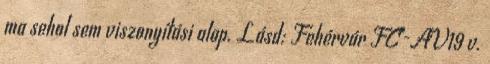
ma sehol sem viszonyítási alap. Lásd: Fehérvár FC-AV19 v.